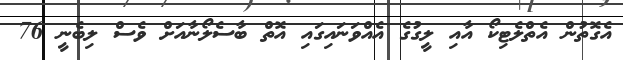
އެގޮތުން އެތްލެޓިކޯ އާއި ލީގުގެ އެއްވަނައިގައި އޮތް ބާސެލޯނާއަށް ވެސް ލިބެނީ 76